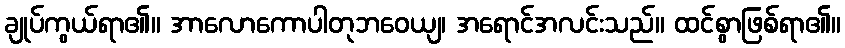
ချုပ်ကွယ်ရာ၏။ အာလောကောပါတုဘဝေယျ၊ အရောင်အလင်းသည်။ ထင်စွာဖြစ်ရာ၏။